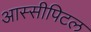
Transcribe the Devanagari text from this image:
आस्सीपिटल